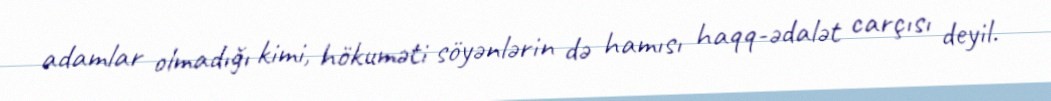
adamlar olmadığı kimi, hökuməti söyənlərin də hamısı haqq-ədalət carçısı deyil.